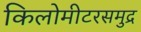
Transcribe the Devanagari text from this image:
किलोमीटरसमुद्र